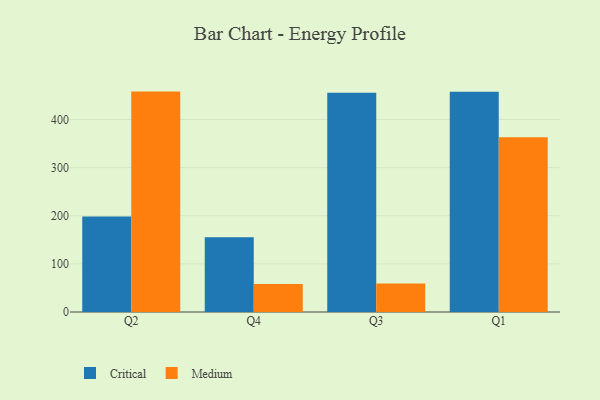
{"axis": {"x": "Quarter", "y": "Market Share (%)"}, "legend": ["Critical", "Medium"], "data": [{"x": "Q2", "y": 198.6, "type": "Critical"}, {"x": "Q2", "y": 457.9, "type": "Medium"}, {"x": "Q4", "y": 155.4, "type": "Critical"}, {"x": "Q4", "y": 58.3, "type": "Medium"}, {"x": "Q3", "y": 455.5, "type": "Critical"}, {"x": "Q3", "y": 59.0, "type": "Medium"}, {"x": "Q1", "y": 457.6, "type": "Critical"}, {"x": "Q1", "y": 363.2, "type": "Medium"}]}